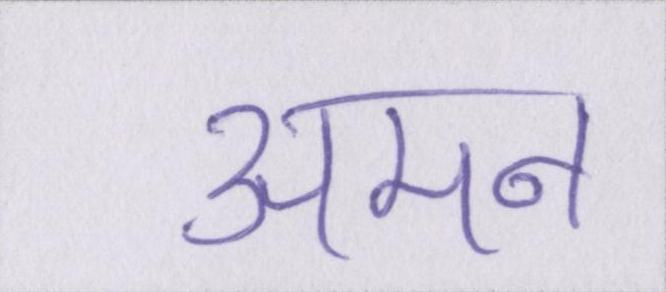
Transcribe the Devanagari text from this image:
अमन